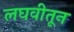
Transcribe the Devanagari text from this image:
लघवीतून